Annual report of the Punjab Veterinary College and of the Civil Veterinary Department, Punjab - 1909-1919
Year: 1909
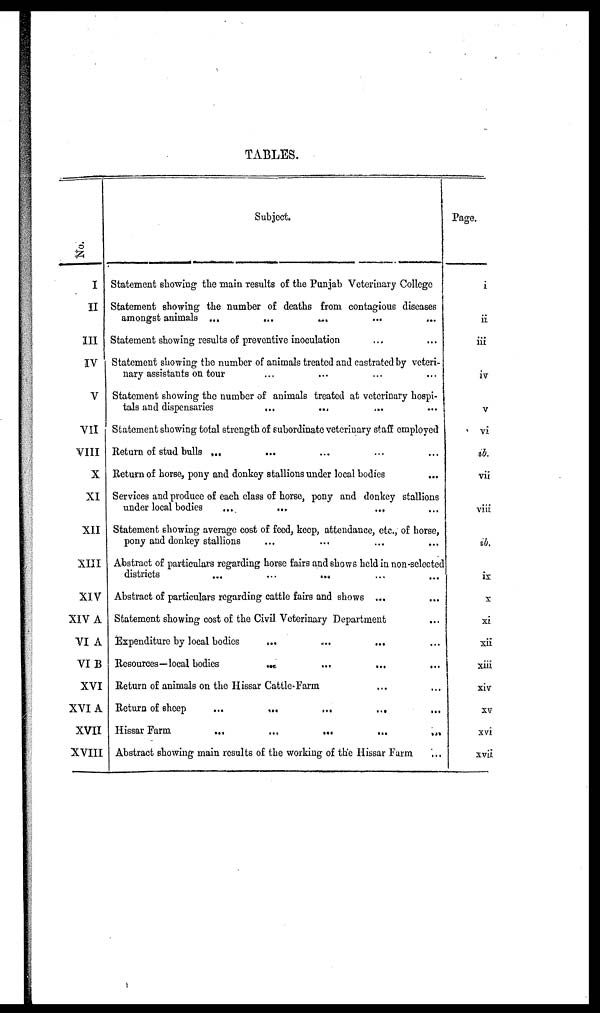
TABLES.
No.
I
II
III
IV
V
VII
VIII
X
XI
XII
XIII
XIV
XIV A
VI A
VI B
XVI
XVI A
XVII
XVIII
Subject.
Statement showing the main results of the Punjab Veterinary College
Statement showing the number of deaths from contagious diseases
amongst animals
...
...
...
...
...
Statement showing results of preventive inoculation ... ...
Statement showing the number of animals treated and castrated by veteri-
nary assistants on tour ... ... ... ...
Statement showing the number of animals treated at veterinary hospi-
tals and dispensaries
...
...
...
...
Statement showing total strength of subordinate veterinary staff employed
Return of stud bulls ... ... ... ... ...
Return of horse, pony and donkey stallions under local bodies ...
Services and produce of each class of horse, pony and donkey stallions
under local bodies
...
...
...
...
Statement showing average cost of feed, keep, attendance, etc., of horse,
pony and donkey stallions ... ... ... ...
Abstract of particulars regarding horse fairs and shows held in non-selected
districts
...
...
...
...
Abstract of particulars regarding cattle fairs and shows ... ...
Statement showing cost of the Civil Veterinary Department ...
Expenditure by local bodies ... ... ... ...
Resources—local bodies ... ... ... ...
Return of animals on the Hissar Cattle-Farm ... ...
Return of sheep
...
...
...
...
...
Hissar Farm
...
...
...
...
...
Abstract showing main results of the working of the Hissar Farm ...
Page.
i
ii
iii
iv
V
vi
ib.
vii
viii
ib.
ix
x
xi
xii
xiii
xiv
XV
xvi
xvii